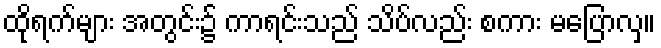
ထိုရက်များ အတွင်း၌ ကာရင်းသည် သိပ်လည်း စကား မပြောလှ။